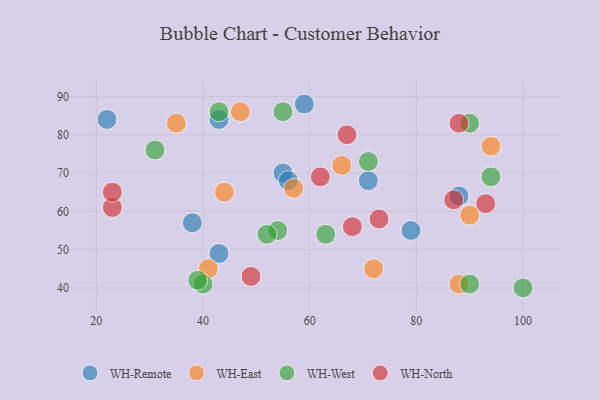
{"axis": {"x": "GDP", "y": "Life Expectancy"}, "legend": ["WH-East", "WH-North", "WH-Remote", "WH-West"], "data": [{"x": "59", "y": 88, "type": "WH-Remote"}, {"x": "88", "y": 64, "type": "WH-Remote"}, {"x": "43", "y": 84, "type": "WH-Remote"}, {"x": "22", "y": 84, "type": "WH-Remote"}, {"x": "71", "y": 68, "type": "WH-Remote"}, {"x": "79", "y": 55, "type": "WH-Remote"}, {"x": "55", "y": 70, "type": "WH-Remote"}, {"x": "43", "y": 49, "type": "WH-Remote"}, {"x": "56", "y": 68, "type": "WH-Remote"}, {"x": "38", "y": 57, "type": "WH-Remote"}, {"x": "90", "y": 59, "type": "WH-East"}, {"x": "47", "y": 86, "type": "WH-East"}, {"x": "35", "y": 83, "type": "WH-East"}, {"x": "72", "y": 45, "type": "WH-East"}, {"x": "88", "y": 41, "type": "WH-East"}, {"x": "66", "y": 72, "type": "WH-East"}, {"x": "41", "y": 45, "type": "WH-East"}, {"x": "57", "y": 66, "type": "WH-East"}, {"x": "44", "y": 65, "type": "WH-East"}, {"x": "94", "y": 77, "type": "WH-East"}, {"x": "90", "y": 41, "type": "WH-West"}, {"x": "54", "y": 55, "type": "WH-West"}, {"x": "71", "y": 73, "type": "WH-West"}, {"x": "43", "y": 86, "type": "WH-West"}, {"x": "94", "y": 69, "type": "WH-West"}, {"x": "52", "y": 54, "type": "WH-West"}, {"x": "40", "y": 41, "type": "WH-West"}, {"x": "63", "y": 54, "type": "WH-West"}, {"x": "31", "y": 76, "type": "WH-West"}, {"x": "55", "y": 86, "type": "WH-West"}, {"x": "39", "y": 42, "type": "WH-West"}, {"x": "100", "y": 40, "type": "WH-West"}, {"x": "90", "y": 83, "type": "WH-West"}, {"x": "73", "y": 58, "type": "WH-North"}, {"x": "62", "y": 69, "type": "WH-North"}, {"x": "93", "y": 62, "type": "WH-North"}, {"x": "23", "y": 61, "type": "WH-North"}, {"x": "49", "y": 43, "type": "WH-North"}, {"x": "68", "y": 56, "type": "WH-North"}, {"x": "87", "y": 63, "type": "WH-North"}, {"x": "67", "y": 80, "type": "WH-North"}, {"x": "23", "y": 65, "type": "WH-North"}, {"x": "88", "y": 83, "type": "WH-North"}]}